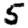
Digit: 5